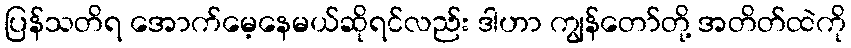
ပြန်သတိရ အောက်မေ့နေမယ်ဆိုရင်လည်း ဒါဟာ ကျွန်တော်တို့ အတိတ်ထဲကို